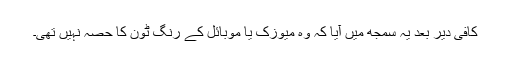
کافی دیر بعد یہ سمجھ میں آیا کہ وہ میوزک یا موبائل کے رِنگ ٹون کا حصہ نہیں تھی۔